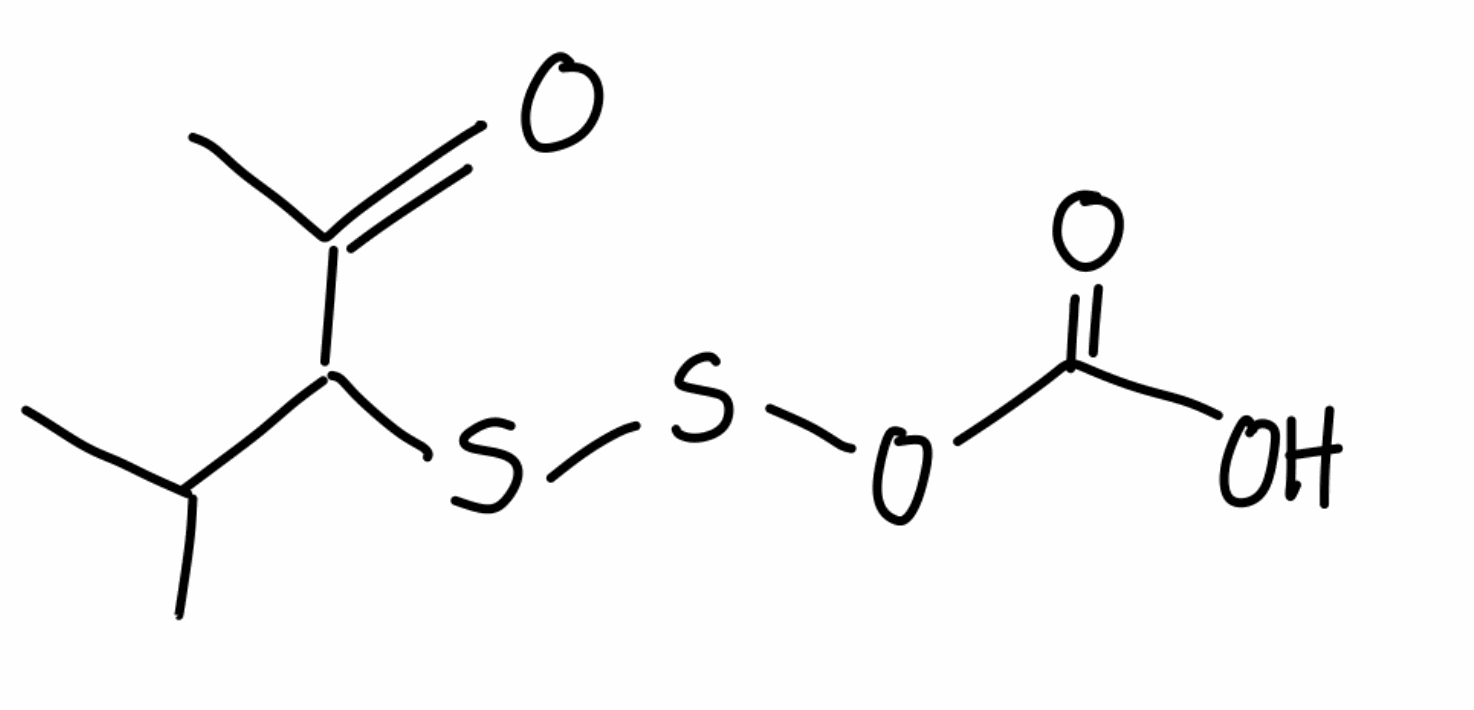
Simplified molecular-input line-entry system (SMILES) notation of the given molecule:
CC(C)C(C(=O)C)SSOC(=O)O